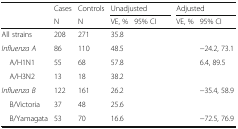
<table><thead><tr><td>[EMPTY_CELL]</td><td><b>Cases</b></td><td><b>Controls</b></td><td colspan="2"><b>Unadjusted</b></td><td colspan="2"><b>Adjusted</b></td></tr><tr><td>[EMPTY_CELL]</td><td><b>N</b></td><td><b>N</b></td><td><b>VE, %</b></td><td><b>95% CI</b></td><td><b>VE, %</b></td><td><b>95% CI</b></td></tr></thead><tbody><tr><td>All strains</td><td>208</td><td>271</td><td>35.8</td><td>[EMPTY_CELL]</td><td>[EMPTY_CELL]</td><td>[EMPTY_CELL]</td></tr><tr><td><i>Influenza A</i></td><td>86</td><td>110</td><td>48.5</td><td>[EMPTY_CELL]</td><td>[EMPTY_CELL]</td><td>−24.2, 73.1</td></tr><tr><td> A/H1N1</td><td>55</td><td>68</td><td>57.8</td><td>[EMPTY_CELL]</td><td>[EMPTY_CELL]</td><td>6.4, 89.5</td></tr><tr><td> A/H3N2</td><td>13</td><td>18</td><td>38.2</td><td>[EMPTY_CELL]</td><td>[EMPTY_CELL]</td><td>[EMPTY_CELL]</td></tr><tr><td><i>Influenza B</i></td><td>122</td><td>161</td><td>26.2</td><td>[EMPTY_CELL]</td><td>[EMPTY_CELL]</td><td>−35.4, 58.9</td></tr><tr><td> B/Victoria</td><td>37</td><td>48</td><td>25.6</td><td>[EMPTY_CELL]</td><td>[EMPTY_CELL]</td><td>[EMPTY_CELL]</td></tr><tr><td> B/Yamagata</td><td>53</td><td>70</td><td>16.6</td><td>[EMPTY_CELL]</td><td>[EMPTY_CELL]</td><td>−72.5, 76.9</td></tr></tbody></table>